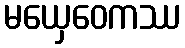
မယှေဝေကဿ